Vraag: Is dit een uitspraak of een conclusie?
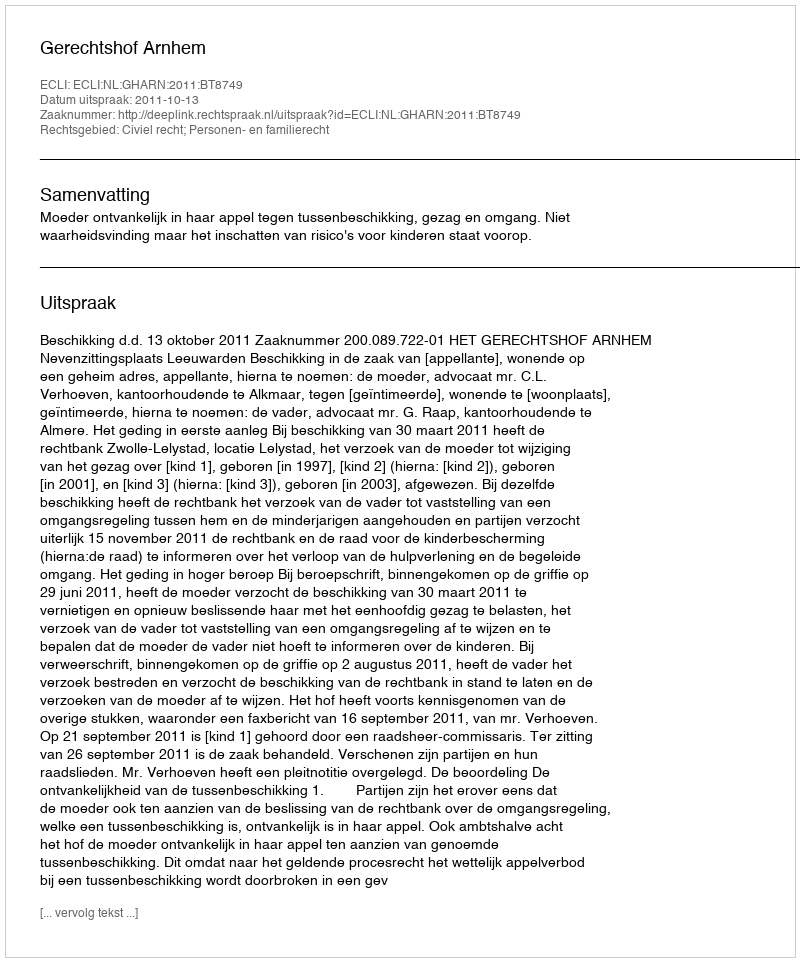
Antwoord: Uitspraak